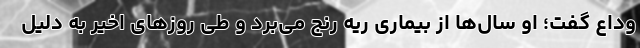
وداع گفت؛ او سال‌ها از بیماری ریه رنج می‌برد و طی روزهای اخیر به دلیل